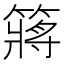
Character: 䉃